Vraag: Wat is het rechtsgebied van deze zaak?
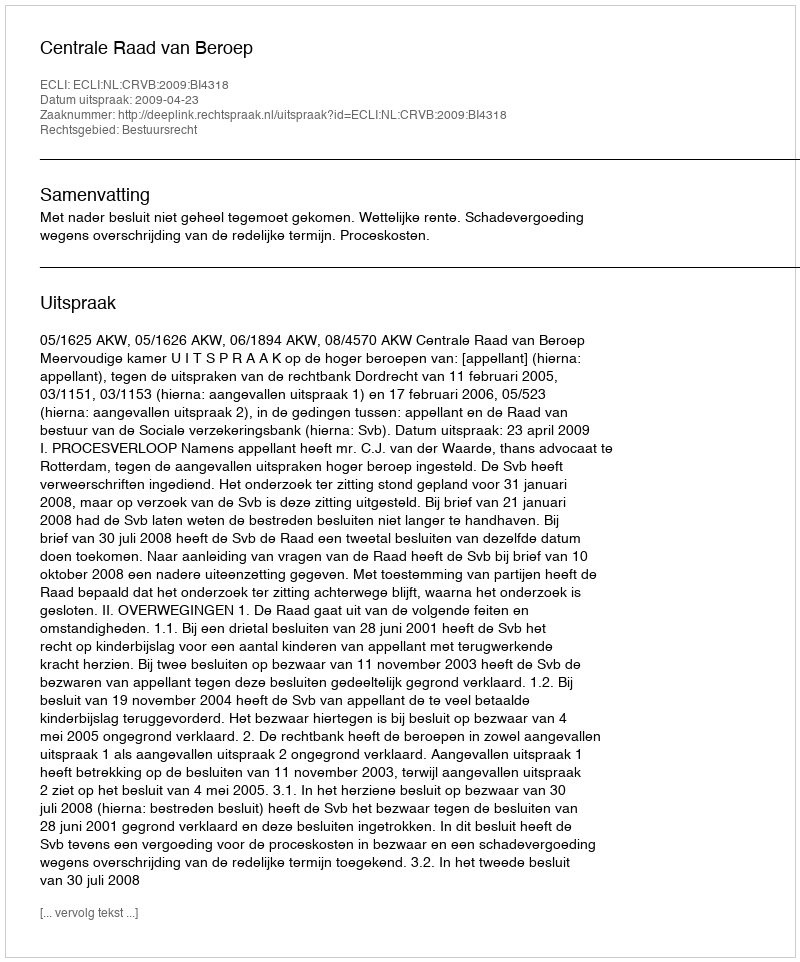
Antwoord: Bestuursrecht